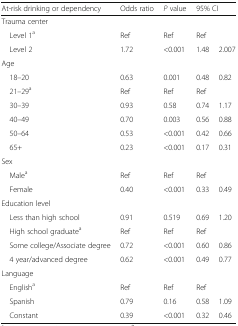
<table><thead><tr><td><b>At-risk drinking or dependency</b></td><td><b>Odds ratio</b></td><td><b><i>P</i> value</b></td><td colspan="2"><b>95% CI</b></td></tr></thead><tbody><tr><td colspan="5">Trauma center</td></tr><tr><td> Level 1<sup>a</sup></td><td>Ref</td><td>Ref</td><td colspan="2">Ref</td></tr><tr><td> Level 2</td><td>1.72</td><td>&lt;0.001</td><td>1.48</td><td>2.007</td></tr><tr><td colspan="5">Age</td></tr><tr><td> 18–20</td><td>0.63</td><td>0.001</td><td>0.48</td><td>0.82</td></tr><tr><td> 21–29<sup>a</sup></td><td>Ref</td><td>Ref</td><td colspan="2">Ref</td></tr><tr><td> 30–39</td><td>0.93</td><td>0.58</td><td>0.74</td><td>1.17</td></tr><tr><td> 40–49</td><td>0.70</td><td>0.003</td><td>0.56</td><td>0.88</td></tr><tr><td> 50–64</td><td>0.53</td><td>&lt;0.001</td><td>0.42</td><td>0.66</td></tr><tr><td> 65+</td><td>0.23</td><td>&lt;0.001</td><td>0.17</td><td>0.31</td></tr><tr><td colspan="5">Sex</td></tr><tr><td> Male<sup>a</sup></td><td>Ref</td><td>Ref</td><td colspan="2">Ref</td></tr><tr><td> Female</td><td>0.40</td><td>&lt;0.001</td><td>0.33</td><td>0.49</td></tr><tr><td colspan="5">Education level</td></tr><tr><td> Less than high school</td><td>0.91</td><td>0.519</td><td>0.69</td><td>1.20</td></tr><tr><td> High school graduate<sup>a</sup></td><td>Ref</td><td>Ref</td><td colspan="2">Ref</td></tr><tr><td> Some college/Associate degree</td><td>0.72</td><td>&lt;0.001</td><td>0.60</td><td>0.86</td></tr><tr><td> 4 year/advanced degree</td><td>0.62</td><td>&lt;0.001</td><td>0.49</td><td>0.77</td></tr><tr><td colspan="5">Language</td></tr><tr><td> English<sup>a</sup></td><td>Ref</td><td>Ref</td><td colspan="2">Ref</td></tr><tr><td> Spanish</td><td>0.79</td><td>0.16</td><td>0.58</td><td>1.09</td></tr><tr><td> Constant</td><td>0.39</td><td>&lt;0.001</td><td>0.32</td><td>0.46</td></tr></tbody></table>